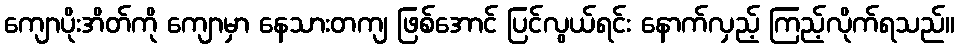
ကျောပိုးအိတ်ကို ကျောမှာ နေသားတကျ ဖြစ်အောင် ပြင်လွယ်ရင်း နောက်လှည့် ကြည့်လိုက်ရသည်။